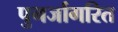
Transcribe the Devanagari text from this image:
पुनर्जागरित